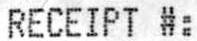
RECEIPT #: